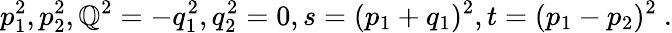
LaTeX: p_{1}^{2},p_{2}^{2},\mathbb{Q}^{2}=-q_{1}^{2},q_{2}^{2}=0,s=(p_{1}+q_{1})^{2},t=(p_{1}-p_{2})^{2}\ .